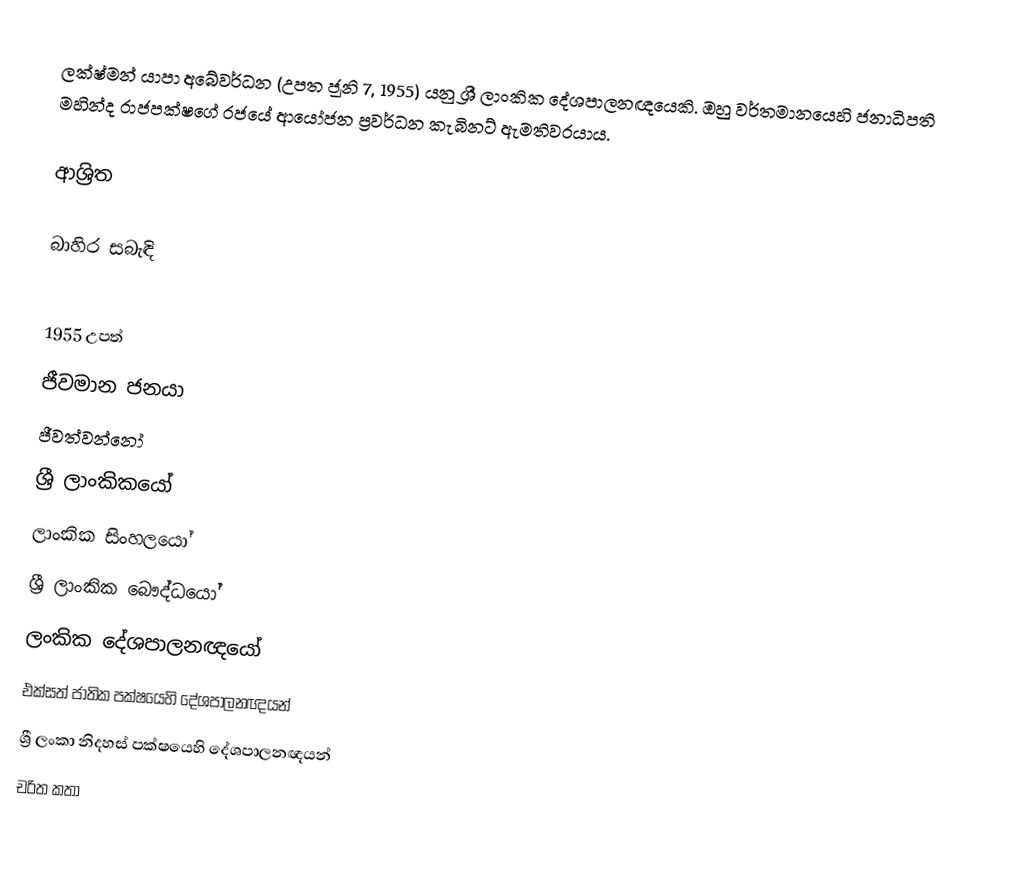
ලක්ෂ්මන් යාපා අබේවර්ධන (උපත ජූනි 7, 1955) යනු ශ්‍රී ලාංකික දේශපාලනඥයෙකි. ඔහු වර්තමානයෙහි ජනාධිපති මහින්ද රාජපක්ෂගේ රජයේ ආයෝජන ප්‍රවර්ධන කැබිනට්   ඇමතිවරයාය.

ආශ්‍රිත

බාහිර සබැඳි

1955 උපත්
ජීවමාන ජනයා
ජීවත්වන්නෝ
ශ්‍රී ලාංකිකයෝ
ලාංකික සිංහලයෝ
ශ්‍රී ලාංකික බෞද්ධයෝ
ලංකික දේශපාලනඥයෝ
එක්සත් ජාතික පක්ෂයෙහි දේශපාලනඥයන්
ශ්‍රී ලංකා නිදහස් පක්ෂයෙහි දේශපාලනඥයන්
චරිත කතා